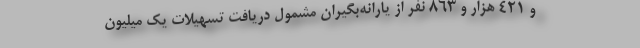
و ۴۲۱ هزار و ۸۶۳ نفر از یارانه‌بگیران مشمول دریافت تسهیلات یک میلیون